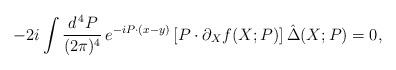
LaTeX: \begin{align*}- 2 i \int \frac{d^{\, 4} P}{(2 \pi)^4} \, e^{- i P \cdot (x - y)} \left[ P \cdot \partial_X f (X; P) \right] \hat{\Delta} (X; P) = 0 ,\end{align*}